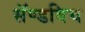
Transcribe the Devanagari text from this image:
सॅण्डविच